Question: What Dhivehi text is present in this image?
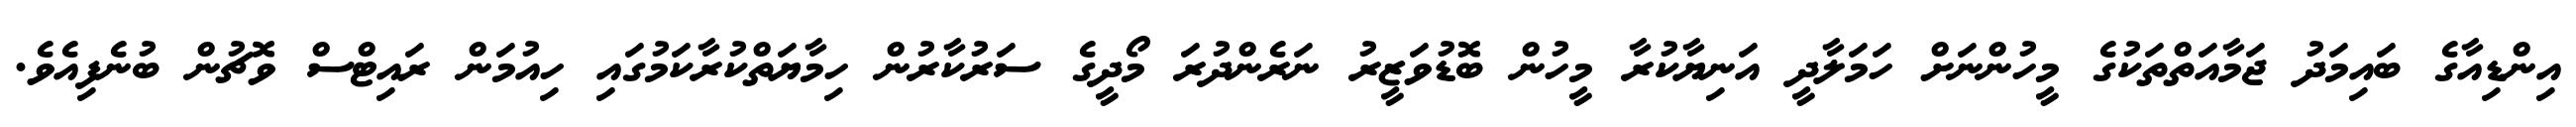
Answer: އިންޑިއާގެ ބައިމަދު ޖަމާއަތްތަކުގެ މީހުންނަށް ހަމަލާދީ އަނިޔާކުރާ މީހުން ބޮޑުވަޒީރު ނަރެންދުރަ މޯދީގެ ސަރުކާރުން ހިމާޔަތްކުރާކަމުގައި ހިއުމަން ރައިޓްސް ވޮޗުން ބުނެފިއެވެ.